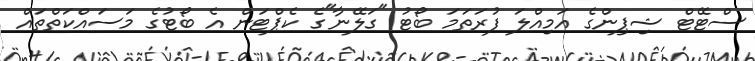
ސްޓޭޓް ޝިޕިންގެ އަމިއްލަ ފުރަތަމަ ބޯޓު "ގަލޭނާ"ގެ ކެޕްޓަން އެ ބޯޓުގެ މަސައްކަތްތައް